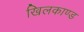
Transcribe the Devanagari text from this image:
खिलकाण्ड